Medical and sanitary report of the native army of Bengal for the year
Year: 1875
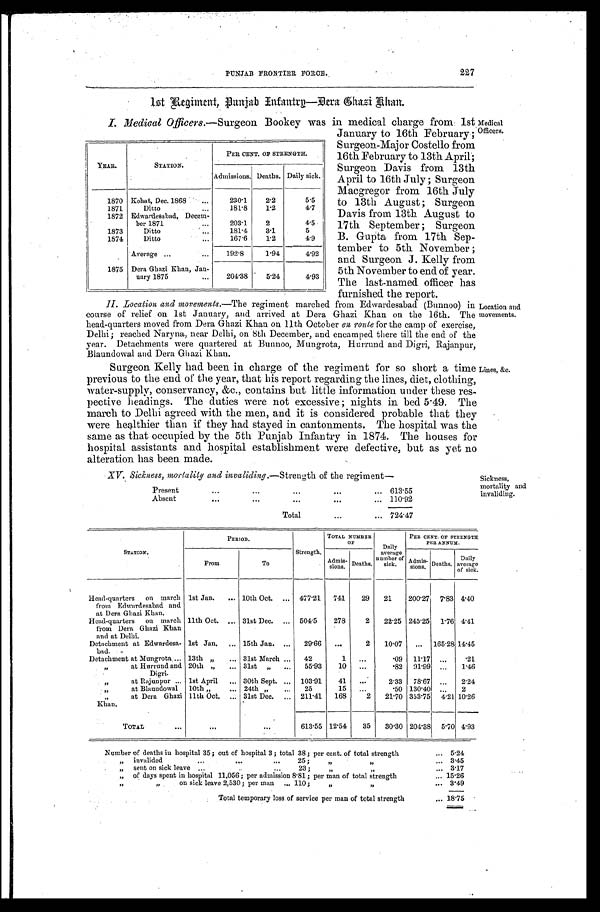
PUNJAB FRONTIER FORCE. 227
1st Regiment, Punjab Infantry—Dera Ghazi Khan.
I. Medical Officers.—Surgeon Bookey was in medical charge from 1st
January to 16th February;
Surgeon-Major Costello from
16th February to 13th April;
Surgeon Davis from 13t
h A p r i l t o 1 6 t h J u l y ; S u r g e o n
Macgregor from 16th July
to 13th August; Surgeon
Davis from 13th. August to
17th September; Surgeon
B. Gupta from 17th Sep
-tember to 5th November;
and Surgeon J. Kelly from
5th November to end of year.
The last-named officer has
furnished the report.
Medical
Officers.
YEAR.
STATION.
PER CENT. OF STRENGTH.
Deaths. Daily sick.
Admissions.
1870 Kohat, Dec. 1868
230.1
2.2
5.5
1871
Ditto
181.8
1 . 2 4.7
1872 Edwardesabad, Decem-
ber 1871
203.1
2
4.5
1873
Ditto
181.4
3.1
5
1874
Ditto
167.6
1.2
4.9
Average
192.8
1.94
4.92
1875 Dera Ghazi Khan, Jan-
uary 1875
204.38 5.24
4.93
II.Location and movements.— The regiment marched from Edwardesabad (Bunnoo)
course of relief on 1st January, and arrived at Dera Ghazi Khan on the 16th. The
head-quarters moved from Dera Ghazi Khan on 11th October en roule for the camp of exercise,
Delhi; reached Naryna, near Delhi, on 8th December, and encamped there till the end of the
year. Detachments were quartered at Bunnoo, Mungrota, Hurrund and Digri, Rajanpur,
Blaundowal and Dera Ghazi Khan.
Surgeon Kelly had been in charge of the regiment for so short a time
previous to the end of the year, that his report regarding the lines, diet, clothing,
water-supply, conservancy, &c., contains but little information under these res
-pective headings. The duties were not excessive; nights in bed 5.49. The
march to Delhi agreed with the men, and it is considered probable that they
were healthier than if they had stayed in cantonments. The hospital was the
same as that occupied by the 5th Punjab Infantry in 1874. The houses for
hospital assistants and hospital establishment were defective, but as yet no
alteration has been made.
XV. Sickness, mortality and invaliding ,—Strength of the regiment—
Present
613.55
Absent
110.92
Total
7 2 4 . 4 7
Location and
movements.
Lines, &c.
Sickness,
mortality and
invaliding.
STATION.
PERIOD.
Strength.
TOTAL NUMBER
OF
Daily
average
number of
sick,
PER CENT. OF STRENGTH
PER ANNUM.
From
To
Admis- s i o n s . Deaths.
Admis-
sions. Deaths.
Daily
average
of sick.
Head-quarters on march
from Edwardesabad and
at Dera Ghazi Khan.
1st Jan.
10th Oct.
477.21 741 29 21
200.27 7.83 4.40
Head-quarters on march
from Dera. Ghazi Khan
and at Delhi.
11th Oct.
31st Dec.
504.5 278
2 22.25 245.25 1.76 4 . 4 1
Detachment at Edwardesa-
bad
1st Jan.
15th Jan.
29.66
2 10.07
165.28 14.45
Detachment at Mungrota
13th ,,
31st March
42
1
.09 11.17
.21
,, at Hurrund and
•
Digri.
20th ,,
31st ,,
55.93 10
.82 91.99
1.46
,, at Rajunpur
1st April
30th Sept.
103.91 41
2.33 78.67
2.24
" at Blaundowal 10th ,,
24th ,,
25
15
.50 130.40
2
,, at Dera Ghazi
Khan.
11th Oct.
31st Dec.
211.41 168
2 21.70 353.75 4.21 10.26
TOTAL
613.55 12.54 35 30.30 204.38 5.70 4 . 9 3
Number of deaths in hospital 35; out of hospital 3; total 38; per cent. of total strength
5.24
,, invalided 25;
3.45
,, sent on sick leave 23; 3.17
„ of days spent in hospital 11,056; per admission 8.81; per man of total strength 15.26
,, on sick leave 2,530; per man 110;
3,49
Total temporary loss of service per man of total strength
18.75